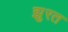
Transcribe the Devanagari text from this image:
झुरत